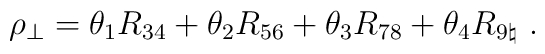
\rho_\perp = \theta_1 R_{34} + \theta_2 R_{56} + \theta_3 R_{78}  + \theta_4 R_{9\natural}~.